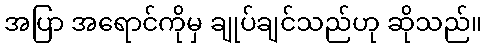
အပြာ အရောင်ကိုမှ ချုပ်ချင်သည်ဟု ဆိုသည်။